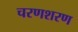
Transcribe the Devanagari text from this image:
चरणशरण